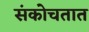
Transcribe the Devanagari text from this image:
संकोचतात